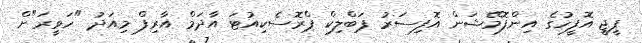
ޕީޖީ އޮފީހުގެ އިންފޮމޭޝަން އޮފިސަރު ޕަބްލިކް ޕްރޮސެކިއުޓަ އާދަމް އާރިފް މިއަދު "ހަވީރަ"ށް